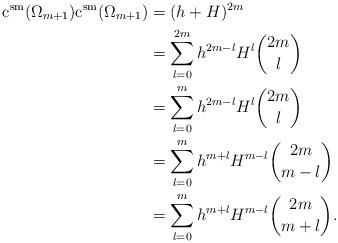
LaTeX: \begin{align*}\mathrm{c^{sm}}(\Omega_{m+1})\mathrm{c^{sm}}(\Omega_{m+1})&=(h+H)^{2m}\\&=\sum_{l=0}^{2m}h^{2m-l}H^{l}\binom{2m}{l}\\&=\sum_{l=0}^{m}h^{2m-l}H^{l}\binom{2m}{l}\\&=\sum_{l=0}^{m}h^{m+l}H^{m-l}\binom{2m}{m-l}\\&=\sum_{l=0}^{m}h^{m+l}H^{m-l}\binom{2m}{m+l}.\end{align*}